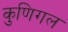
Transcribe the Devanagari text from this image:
कुणिगल